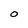
Character: O